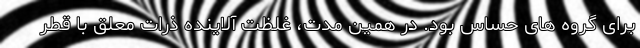
برای گروه های حساس بود. در همین مدت، غلظت آلاینده ذرات معلق با قطر